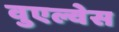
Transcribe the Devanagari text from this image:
वुएल्वेस